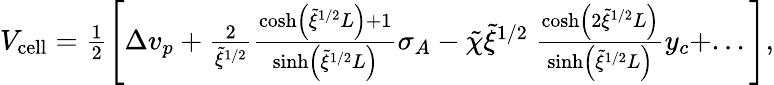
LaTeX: \begin{array}{r}{V_{\mathrm{cell}}=\frac{1}{2}\left[\Delta v_{p}+\frac{2}{\tilde{\xi}^{1/2}}\frac{\cosh\left(\tilde{\xi}^{1/2}L\right)+1}{\sinh\left(\tilde{\xi}^{1/2}L\right)}\sigma_{A}-\tilde{\chi}\tilde{\xi}^{1/2}\ \frac{\cosh\left(2\tilde{\xi}^{1/2}L\right)}{\sinh\left(\tilde{\xi}^{1/2}L\right)}y_{c}+...\right],}\end{array}